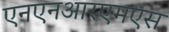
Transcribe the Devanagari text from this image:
एनएनआरएमएस